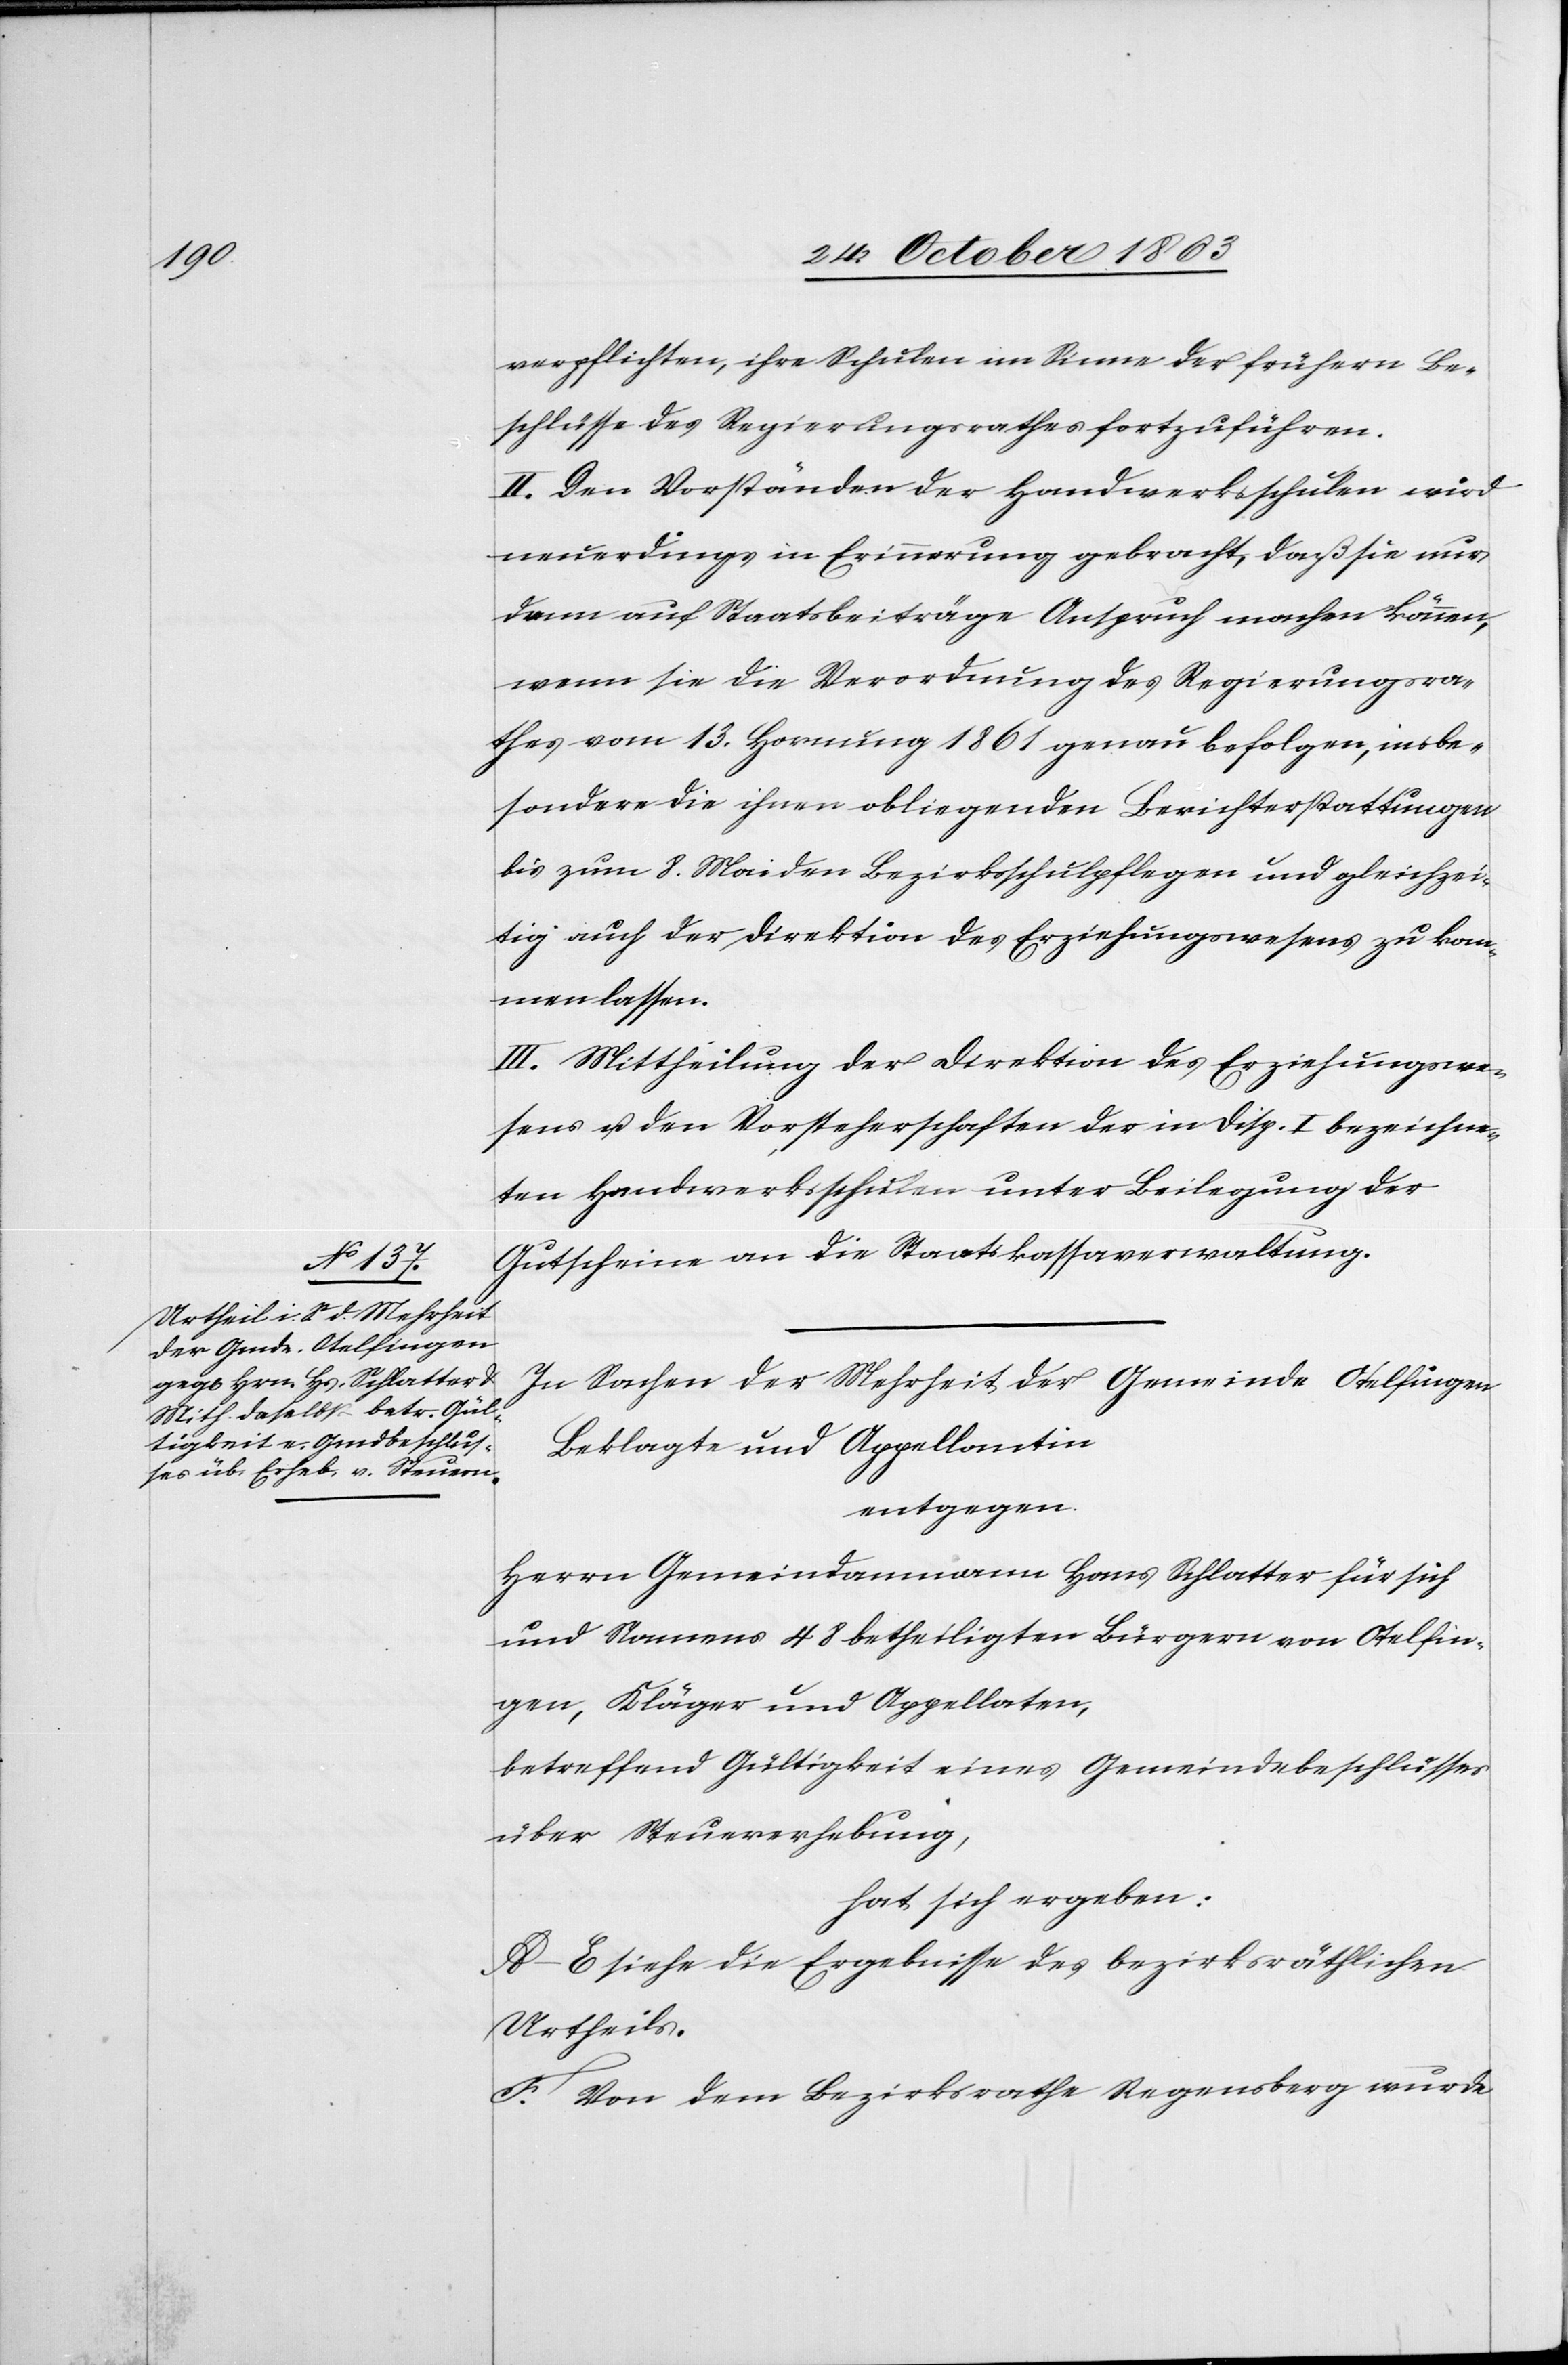
verpflichten, ihre Schulen im Sinne der frühern Be¬
schlüsse des Regierungsrathes fortzuführen.
II. Den Vorständen der Handwerksschulen wird
neuerdings in Erinnerung gebracht, daß sie nur
dann auf Staatsbeiträge Anspruch machen können,
wenn sie die Verordnung des Regierungsra¬
thes vom 13. Hornung 1861 genau befolgen, insbe¬
sondere die ihnen obliegenden Berichterstattungen
bis zum 8. Mai den Bezirksschulpflegen und gleichzei¬
tig auch der Direktion des Erziehungswesens zu kom¬
men lassen.
III. Mittheilung der Direktion des Erziehungswe¬
sens u. den Vorsteherschaften der in Disp. I bezeichne¬
ten Handwerksschulen unter Beilegung der
Gutscheine an die Staatskassaverwaltung.
In Sachen der Mehrheit der Gemeinde Otelfingen
Beklagte und Appellantin
entgegen
Herrn Gemeindammann Hans Schlatter für sich
und Namens 48 betheiligten Bürgern von Otelfin¬
gen, Kläger und Appellaten,
betreffend Gültigkeit eines Gemeindebeschlusses
über Steuererhebung,
hat sich ergeben:
A–E siehe die Ergebnisse des bezirksräthlichen
Urtheils.
F. Von dem Bezirksrathe Regensberg wurde